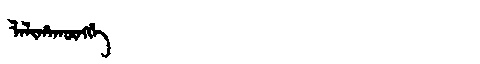
Manchu: ᠯᠠᠯᡳᡥᠠᡴᡡᠩᡤᡝ
Romanization: LALIHAKŪNGGE